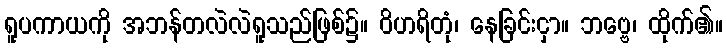
ရူပကာယကို အဘန်တလဲလဲရူသည်ဖြစ်၌။ ဝိဟရိတုံ၊ နေခြင်းငှာ။ ဘဗ္ဗေ၊ ထိုက်၏။